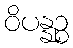
ဝိပန္နဉ္စ